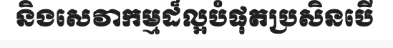
និងសេវាកម្មដ៏ល្អបំផុតប្រសិនបើ